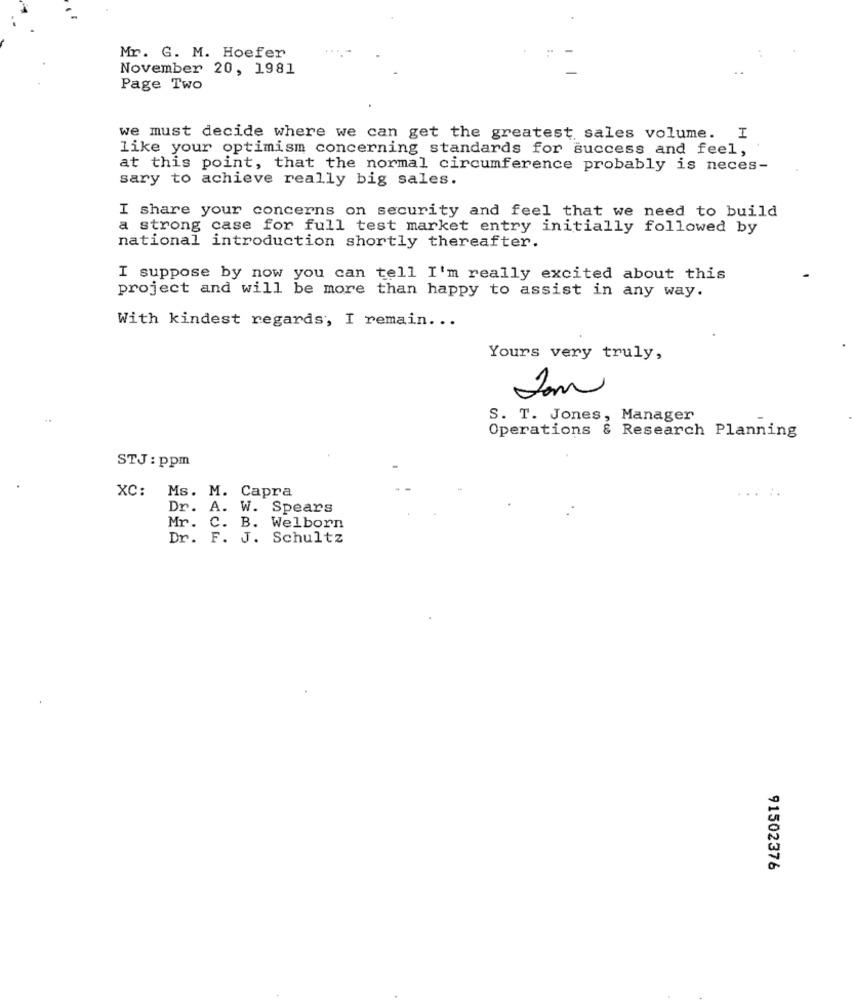
Mr. G. M. Hoefer
November 20, 1981
Page Two
we must decide where we can get the greatest sales volume. I
like your optimism concerning standards for success and feel,
at this point, that the normal circumference probably is neces-
sary to achieve really big sales.
I share your concerns on security and feel that we need to build
a strong case for full test market entry initially followed by
national introduction shortly thereafter.
I suppose by now you can tell I'm really excited about this
project and will be more than happy to assist in any way.
With kindest regards, I remain ...
Yours very truly,
Som
S. T. Jones, Manager
Operations & Research Planning
STJ : ppm
..
XC: Ms. M. Capra
Dr. A. W. Spears
Mr. C
B. Welborn
Dr.
F. J. Schultz
91502376